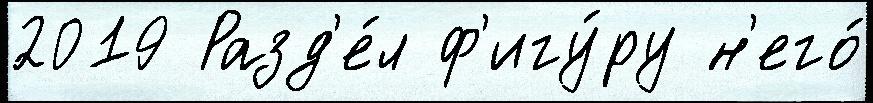
2019 Разд'е́л ф'игу́ру н'его́